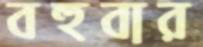
বহুবার